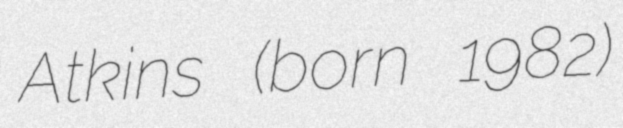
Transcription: Atkins (born 1982)